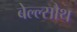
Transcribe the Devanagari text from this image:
बेल्ल्सौथ